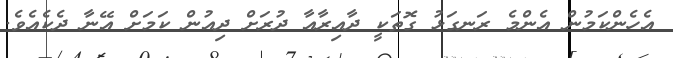
އެހެންކަމުން އެންމެ ރަނގަޅު ގޮތަކީ ދާއިރާއާ ދުރަށް ދިއުން ކަމަށް އޭނާ ދެކެއެވެ.